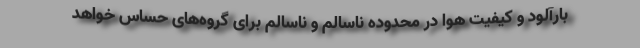
بارآلود و کیفیت هوا در محدوده ناسالم و ناسالم برای گروه‌های حساس خواهد